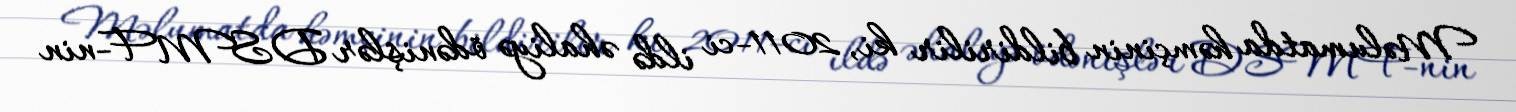
Məlumatda həmçinin bildirilir ki, 2011-ci ildə əhaliyə ödənişlər DSMF-nin